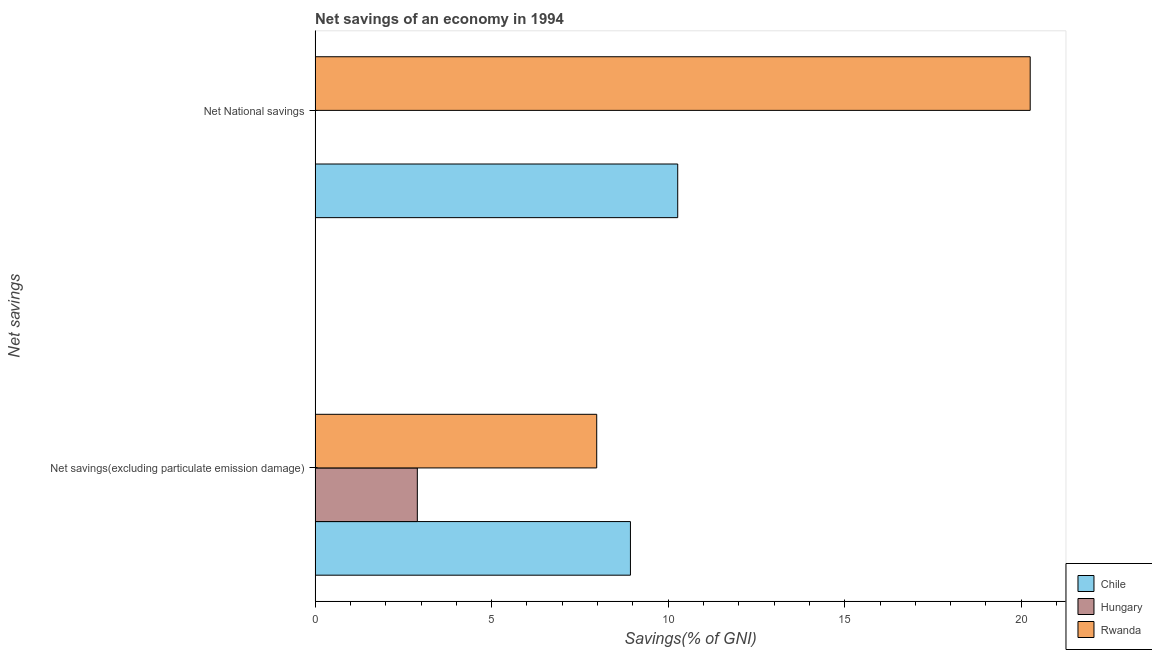
| Net savings | Chile | Hungary | Rwanda |
 | --- | --- | --- | --- |
 | Net savings(excluding particulate emission damage) | 8.93 | 2.9 | 7.98 |
 | Net National savings | 10.3 | -1.35 | 20.3 |